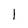
Character: 1